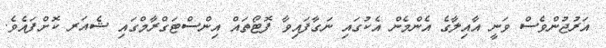
އަރުޖުންވެސް ވަނީ އާއިލާގެ އެންމެން އެކުގައި ނަގާފައިވާ ފޮޓޯތައް އިންސްޓަގްރާމްގައި ޝެއަރ ކޮށްފައެވެ.